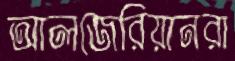
আলজেরিয়ানরা